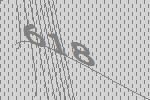
618